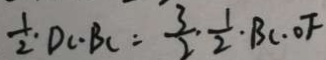
\frac { 1 } { 2 } \cdot D C \cdot B C = \frac { 3 } { 2 } \cdot \frac { 1 } { 2 } \cdot B C \cdot O F